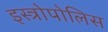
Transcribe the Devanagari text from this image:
इस्त्रोपोलिस